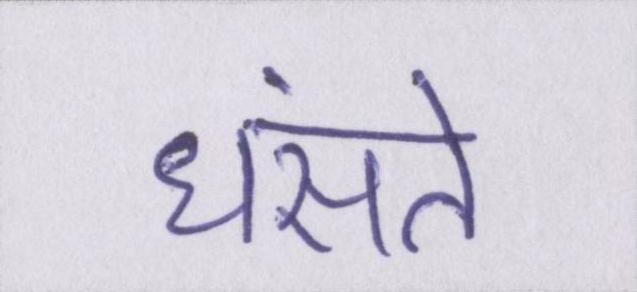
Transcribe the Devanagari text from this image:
धंसते